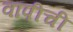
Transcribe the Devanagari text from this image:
वापीची